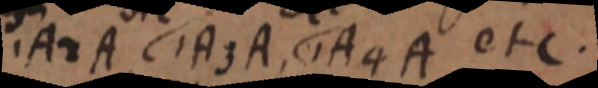
1A2A, 1A3A, 1A4A etc.